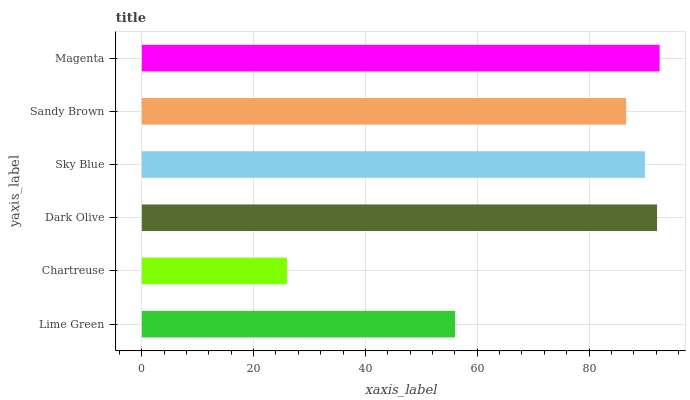
| yaxis_label | bars |
 | --- | --- |
 | Lime Green | 56 |
 | Chartreuse | 26 |
 | Dark Olive | 92.2 |
 | Sky Blue | 90 |
 | Sandy Brown | 86.6 |
 | Magenta | 92.6 |